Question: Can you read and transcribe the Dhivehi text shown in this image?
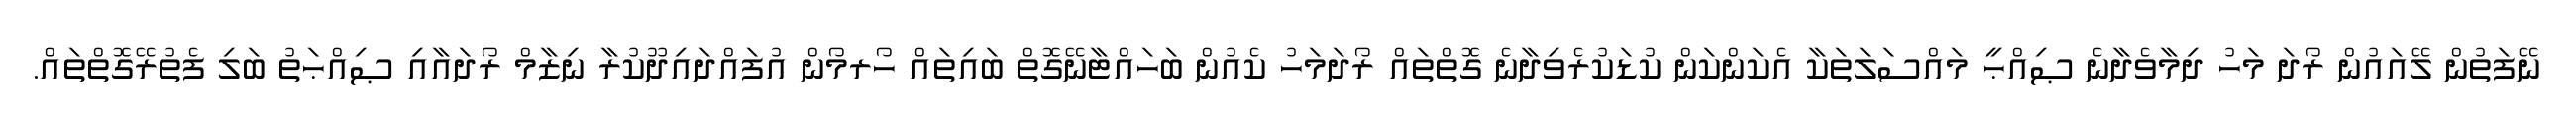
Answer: ނޭފަތުން ލޭއައުން ރޯދަ މަހު ދިމާވެދާނެ ޞިއްޙީ މައްސަލަތަކާ އެކަންކަން ކުޑަކުރެވިދާނެ ގޮތްތައް ރޯދަމަހު ކެއުން ބަހައްޓާނޭގޮތް ބައިތައް ހޯރމޯން އުފައްދައިދޫކުރާ ނިޒާމް ރޯދައާއި ޞިއްޙަތު ބަލި ފެތުރޭގޮތްތައް.